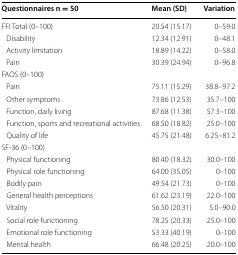
<table><thead><tr><td><b>Questionnaires n = 50</b></td><td><b>Mean (SD)</b></td><td><b>Variation</b></td></tr></thead><tbody><tr><td>FFI Total (0–100)</td><td>20.54 (15.17)</td><td>0–59.0</td></tr><tr><td> Disability</td><td>12.34 (12.91)</td><td>0–48.1</td></tr><tr><td> Activity limitation</td><td>18.89 (14.22)</td><td>0–58.0</td></tr><tr><td> Pain</td><td>30.39 (24.94)</td><td>0–96.8</td></tr><tr><td>FAOS (0–100)</td><td></td><td></td></tr><tr><td> Pain</td><td>75.11 (15.29)</td><td>38.8–97.2</td></tr><tr><td> Other symptoms</td><td>73.86 (12.53)</td><td>35.7–100</td></tr><tr><td> Function, daily living</td><td>87.68 (11.38)</td><td>57.3–100</td></tr><tr><td> Function, sports and recreational activities</td><td>68.50 (18.82)</td><td>25.0–100</td></tr><tr><td> Quality of life</td><td>45.75 (21.48)</td><td>6.25–81.2</td></tr><tr><td>SF-36 (0–100)</td><td></td><td></td></tr><tr><td> Physical functioning</td><td>80.40 (18.32)</td><td>30.0–100</td></tr><tr><td> Physical role functioning</td><td>64.00 (35.05)</td><td>0–100</td></tr><tr><td> Bodily pain</td><td>49.54 (21.73)</td><td>0–100</td></tr><tr><td> General health perceptions</td><td>61.62 (23.19)</td><td>22.0–100</td></tr><tr><td> Vitality</td><td>56.50 (20.31)</td><td>5.0–90.0</td></tr><tr><td> Social role functioning</td><td>78.25 (20.33)</td><td>25.0–100</td></tr><tr><td> Emotional role functioning</td><td>53.33 (40.19)</td><td>0–100</td></tr><tr><td> Mental health</td><td>66.48 (20.25)</td><td>20.0–100</td></tr></tbody></table>